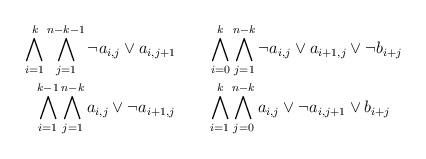
LaTeX: \begin{gather*}\bigwedge_{i=1}^k\bigwedge_{j=1}^{n-k-1}\neg a_{i,j}\lor a_{i,j+1}\qquad\bigwedge_{i=0}^k\bigwedge_{j=1}^{n-k}\neg a_{i,j}\lor a_{i+1,j}\lor\neg b_{i+j}\\\bigwedge_{i=1}^{k-1}\bigwedge_{j=1}^{n-k}a_{i,j}\lor\neg a_{i+1,j}\qquad\bigwedge_{i=1}^k\bigwedge_{j=0}^{n-k}a_{i,j}\lor\neg a_{i,j+1}\lor b_{i+j}\end{gather*}